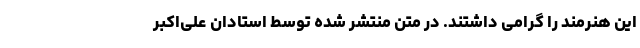
این هنرمند را گرامی داشتند. در متن منتشر شده توسط استادان علی‌اکبر